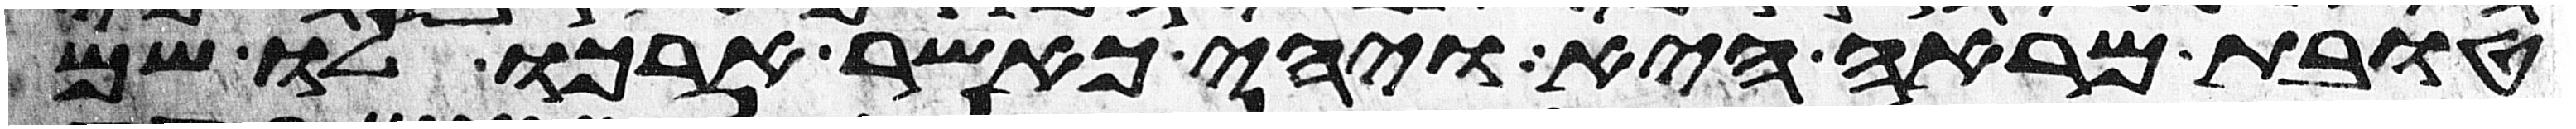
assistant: טובת מראה היא ויהי כאשר הרכו לו שם